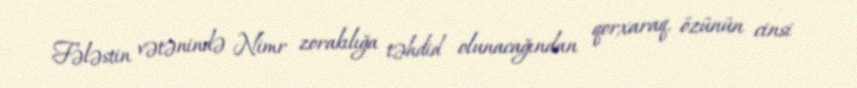
Fələstin vətənində Nimr zorakılığa təhdid olunacağından qorxaraq, özünün cinsi